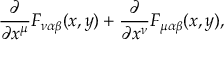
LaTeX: \frac { \partial } { \partial x ^ { \mu } } F _ { \nu \alpha \beta } ( x , y ) + \frac { \partial } { \partial x ^ { \nu } } F _ { \mu \alpha \beta } ( x , y ) ,